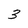
Character: 3